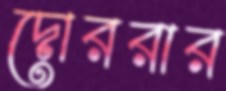
দোররার